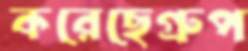
করেছেগ্রুপ